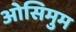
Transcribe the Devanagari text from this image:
ओसिमुम